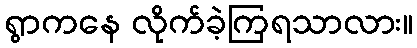
ရွာကနေ လိုက်ခဲ့ကြရသာလား။